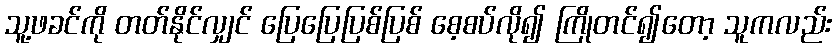
သူ့ဖခင်ကို တတ်နိုင်လျှင် ပြေပြေပြစ်ပြစ် စေ့စပ်လို၍ ကြိုတင်၍တော့ သူကလည်း